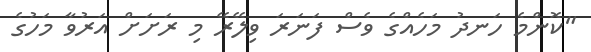
"ކޮންމެ ހަނދު މަހެއްގެ ވެސް ފަނަރަ ވިލޭރޭ މި ރަށަށް އަރުވާ މަހުގެ